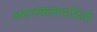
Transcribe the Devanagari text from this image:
अराजकतावादियों